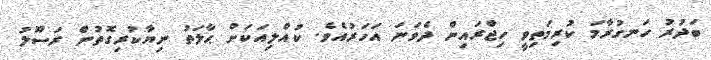
ބަދުރު ހަނގުރާމަ ކުރިމަތިވީ ހިޖްރައިން ދެވަނަ އަހަރުއެވެ. ކުއްލިއަކަށް ޙާލަތު ނިޔާކުރިގޮތުން ރަސޫލު